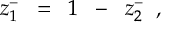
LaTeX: z _ { 1 } ^ { - } \; \; = \; \; 1 \; \; - \; \; z _ { 2 } ^ { - } \; \; ,